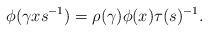
LaTeX: \begin{align*} \phi(\gamma xs^{-1})=\rho(\gamma)\phi(x) \tau(s)^{-1}.\end{align*}